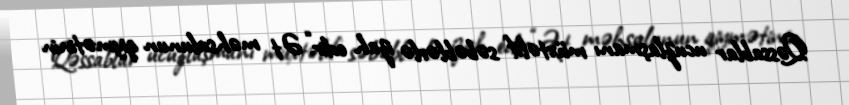
Qəssablar ucuzlaşmanı müxtəlif səbəblərlə izah edir.“Ət məhsulunun qiymətinin